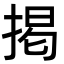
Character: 掲